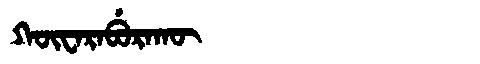
Manchu: ᡴᡡᠸᠠᡵᠠᠪᡠᡵᠠᡴᡡ
Romanization: KŪWARABURAKŪ